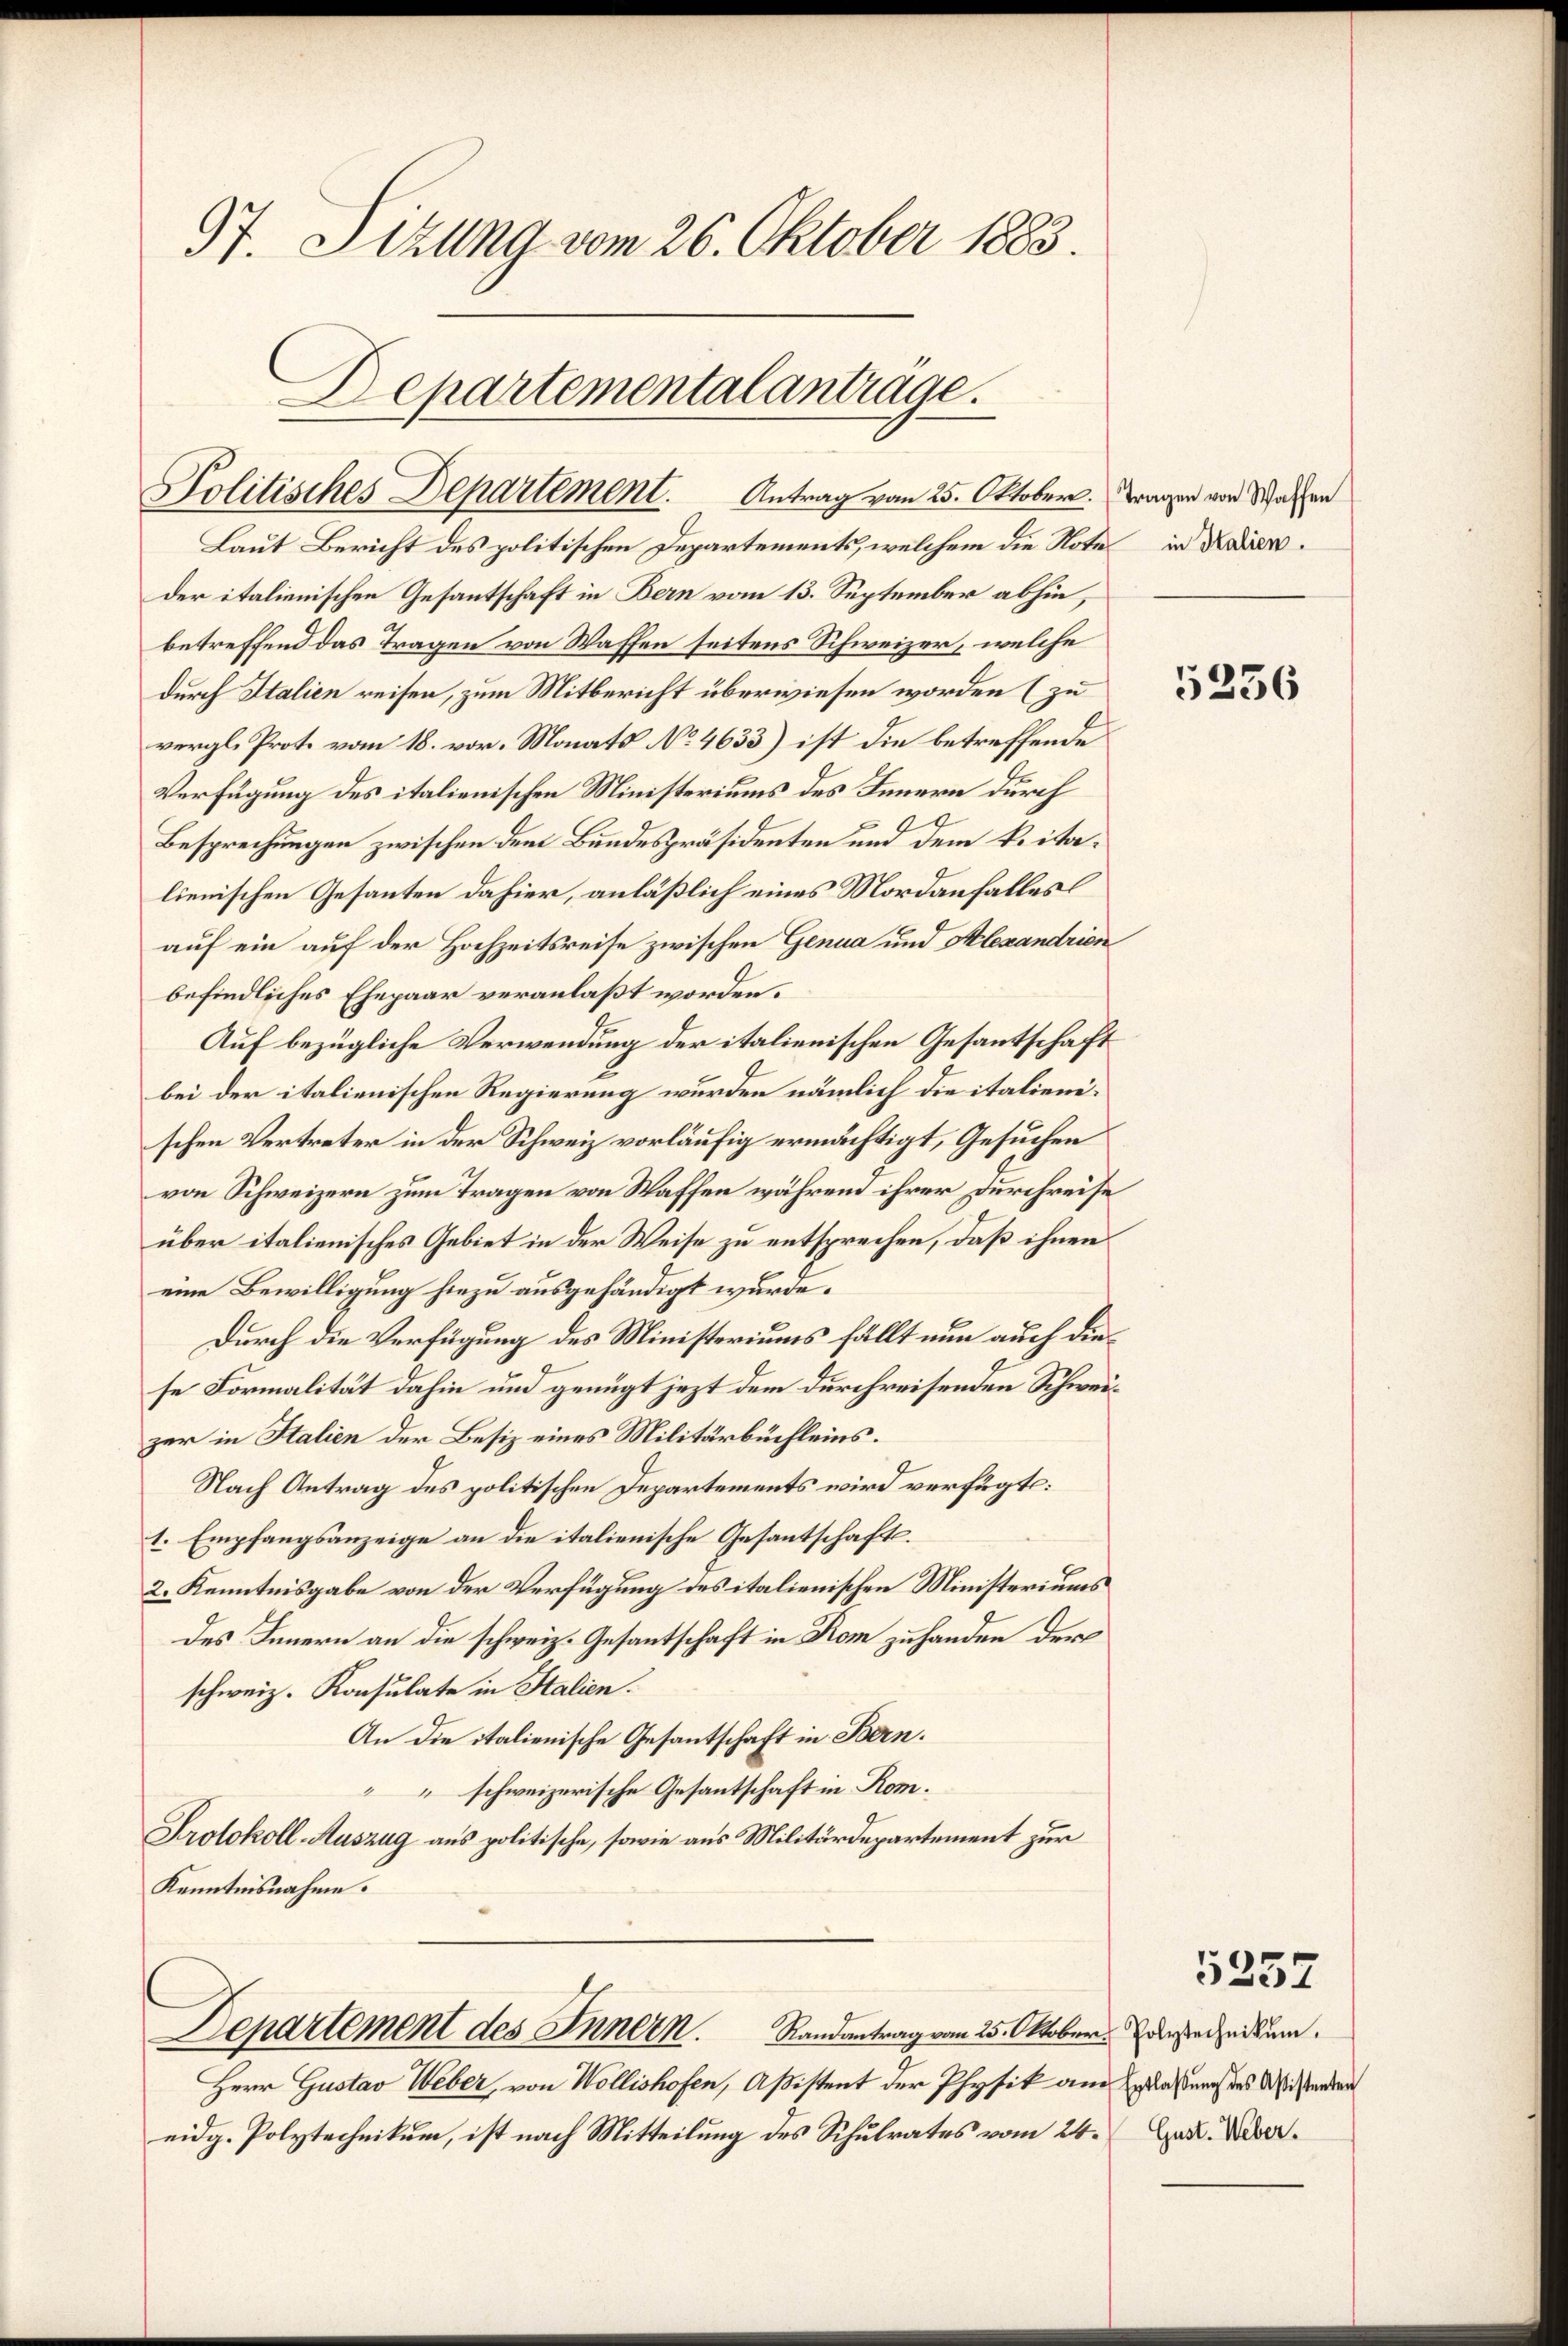
97. Sizung vom 26. Oktober 1883.

C
Departementalanträge.
Politisches Departement. Antrag vom 25. Oktober. Tragen von Waffen

Laut Bericht des politischen Departements, welchem die Note in Kaisender italienischen Gesantschaft in Bern vom 13. September abhin,
betreffend das Tragen von Waffen seitens Schweizer, welche
durch Italien reisen, zum Mitbericht überwiesen worden (zu
vergl. Proto vom 18. vor. Monats No 4633) ist die betreffende
Verfügung des italienischen Ministeriums des Innern durch
Besprechungen zwischen dem Bundespräsidenten und dem Reitalienischen Gesanten dahier, anläßlich eines Mordanfalles
auf ein auf der Hochzeitsreise zwischen Genua und Alexandrien
befindliches Ehepaar veranlaßt worden.
Auf bezügliche Verwendung der italienischen Gesantschaft
bei der italienischen Regierung wurden nämlich die italienischen Vertreter in der Schweiz vorläufig ermächtigt, Gesuchen
von Schweizern zum Tragen von Waffen während ihrer Durchreise
über italienisches Gebiet in der Weise zu entsprechen, daß ihnen
eine Bewilligung hiezu ausgehändigt wurde.
Durch die Verfügung des Ministeriums fällt nun auch diese Formalität dahin und genügt jezt dem durchreisenden Schweizer in Stalien der Besiz eines Militärbüchleins.
Nach Antrag des politischen Departements wird verfügt:
1. Empfangsanzeige an die italienische Gesantschafts¬
2. Kenntnisgabe von der Verfügung des italienischen Ministeriums
des Innern an die schweiz. Gesantschaft in Kom zu handen der
schweiz. Konsulate in Stalien.
An die italienische Gesantschaft in Bern.
“ schweizerische Gesantschaft in Rom.
Protokoll-Auszug aus politische, sowie aus Militärdepartement zur
Kenntnisnahme.
Departement des Innern Randantrag vom 25. Oktober. Zuerstechnikum.
Herr Gustav Weber, von Wollishofen, Aßistent der Physik am Erlaßung des Wisserden
eidg. Polytechnikum, ist nach Mitteilung des Schulrates vom 24. Jan. Ueber¬

5236

5357